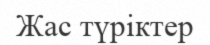
Жас түріктер